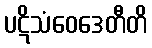
ပဋိသံဝေဒေတီတိ